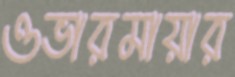
ওভারমায়ার